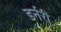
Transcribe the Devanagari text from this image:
डर्नरी